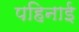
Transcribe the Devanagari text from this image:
पहिनाई